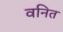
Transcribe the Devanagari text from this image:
वनित